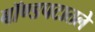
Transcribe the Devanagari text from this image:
बॉण्डपटातले